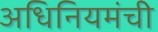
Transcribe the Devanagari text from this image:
अधिनियमंची